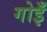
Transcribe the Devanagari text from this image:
गोइँ